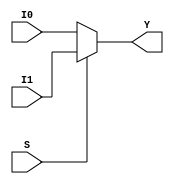
// MULTIPLEXER 2x1 16 Bits
module mux_2x1_16bits(output reg [15:0] Y, input S, input [15:0] I1, I0);
	always @ (S, I1, I0)
		if(S) Y = I1;
		else Y = I0;
endmodule